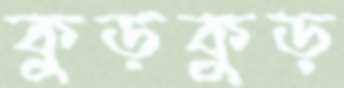
কুড়কুড়